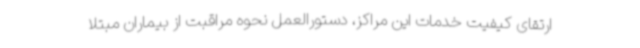
ارتقای کیفیت خدمات این مراکز، دستورالعمل نحوه مراقبت از بیماران مبتلا